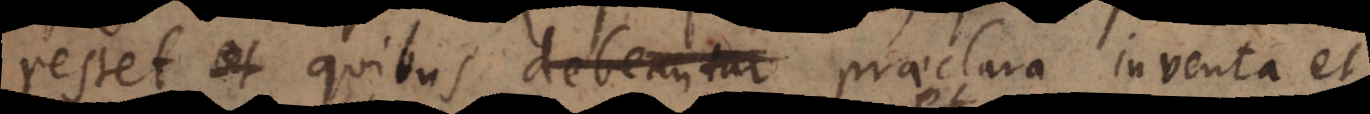
restet, et quibus debeantur praeclara inventa et